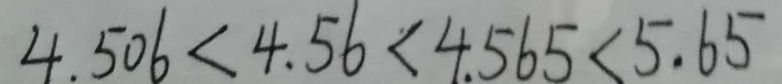
4 . 5 0 6 < 4 . 5 6 < 4 . 5 6 5 < 5 . 6 5